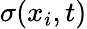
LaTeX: \sigma(x_{i},t)